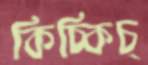
কিচ্‌কিচ্‌